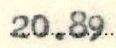
20.89